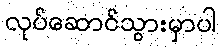
လုပ်ဆောင်သွားမှာပါ